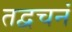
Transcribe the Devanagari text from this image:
तद्वचनं